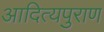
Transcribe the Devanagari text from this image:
आदित्यपुराण